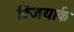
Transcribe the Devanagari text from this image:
विजयार्क